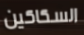
السكاكين